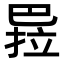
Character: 𭘏